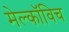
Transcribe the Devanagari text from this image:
मेल्काॅविच